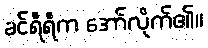
ခင်ရီရီက အော်လိုက်၏။